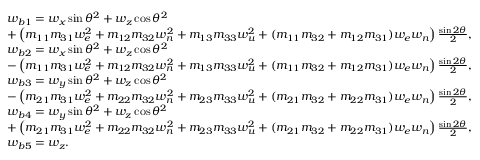
\begin{array} { r l } & { w _ { b 1 } = w _ { x } \sin \theta ^ { 2 } + w _ { z } \cos \theta ^ { 2 } } \\ & { + \left( m _ { 1 1 } m _ { 3 1 } w _ { e } ^ { 2 } + m _ { 1 2 } m _ { 3 2 } w _ { n } ^ { 2 } + m _ { 1 3 } m _ { 3 3 } w _ { u } ^ { 2 } + ( m _ { 1 1 } m _ { 3 2 } + m _ { 1 2 } m _ { 3 1 } ) w _ { e } w _ { n } \right) \frac { \sin { 2 \theta } } { 2 } , } \\ & { w _ { b 2 } = w _ { x } \sin \theta ^ { 2 } + w _ { z } \cos \theta ^ { 2 } } \\ & { - \left( m _ { 1 1 } m _ { 3 1 } w _ { e } ^ { 2 } + m _ { 1 2 } m _ { 3 2 } w _ { n } ^ { 2 } + m _ { 1 3 } m _ { 3 3 } w _ { u } ^ { 2 } + ( m _ { 1 1 } m _ { 3 2 } + m _ { 1 2 } m _ { 3 1 } ) w _ { e } w _ { n } \right) \frac { \sin { 2 \theta } } { 2 } , } \\ & { w _ { b 3 } = w _ { y } \sin \theta ^ { 2 } + w _ { z } \cos \theta ^ { 2 } } \\ & { - \left( m _ { 2 1 } m _ { 3 1 } w _ { e } ^ { 2 } + m _ { 2 2 } m _ { 3 2 } w _ { n } ^ { 2 } + m _ { 2 3 } m _ { 3 3 } w _ { u } ^ { 2 } + ( m _ { 2 1 } m _ { 3 2 } + m _ { 2 2 } m _ { 3 1 } ) w _ { e } w _ { n } \right) \frac { \sin { 2 \theta } } { 2 } , } \\ & { w _ { b 4 } = w _ { y } \sin \theta ^ { 2 } + w _ { z } \cos \theta ^ { 2 } } \\ & { + \left( m _ { 2 1 } m _ { 3 1 } w _ { e } ^ { 2 } + m _ { 2 2 } m _ { 3 2 } w _ { n } ^ { 2 } + m _ { 2 3 } m _ { 3 3 } w _ { u } ^ { 2 } + ( m _ { 2 1 } m _ { 3 2 } + m _ { 2 2 } m _ { 3 1 } ) w _ { e } w _ { n } \right) \frac { \sin { 2 \theta } } { 2 } , } \\ & { w _ { b 5 } = w _ { z } . } \end{array}